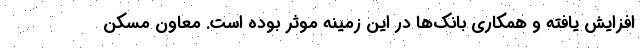
افزایش یافته و همکاری بانک‌ها در این زمینه موثر بوده است. معاون مسکن